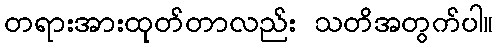
တရားအားထုတ်တာလည်း သတိအတွက်ပါ။